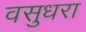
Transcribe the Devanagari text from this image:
वसुधरा